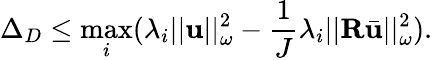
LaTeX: \Delta_{D}\leq\operatorname*{max}_{i}(\lambda_{i}||\mathbf{u}||_{\omega}^{2}-\frac{1}{J}\lambda_{i}||\mathbf{R}\bar{\mathbf{u}}||_{\omega}^{2}).